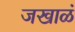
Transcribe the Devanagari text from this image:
जखाळं